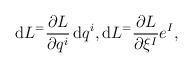
LaTeX: \begin{gather*} \mathrm{d} L ^ = \frac{ \partial L }{ \partial q ^i } \,\mathrm{d}q ^i , \mathrm{d} L ^= \frac{ \partial L }{ \partial \xi ^I } e ^I , \end{gather*}